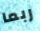
ربما